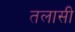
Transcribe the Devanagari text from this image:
तलासी